Indian journal of veterinary science and animal husbandry - Volume 3,
Year: 1933
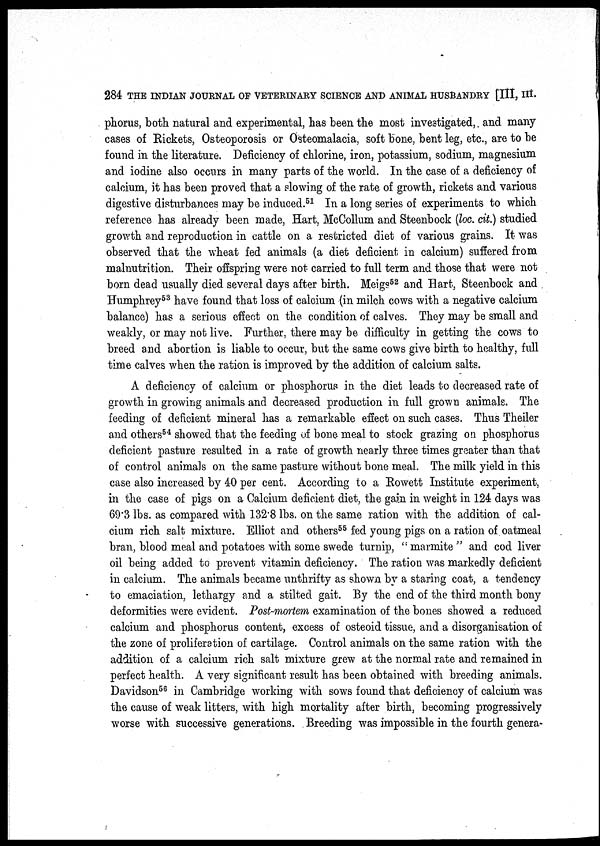
284 THE INDIAN JOURNAL OF VETERINARY SCIENCE AND ANIMAL HUSBANDRY III, III.
phorus, both natural and experimental, has been the most investigated,. and many
cases of Rickets, Osteoporosis or Osteomalacia, soft bone, bent leg, etc., are to be
found in the literature. Deficiency of chlorine, iron, potassium, sodium, magnesium
and iodine also occurs in many parts of the world. In the case of a deficiency of
calcium, it has been proved that a slowing of the rate of growth, rickets and various
digestive disturbances may be induced. 51 In a long series of experiments to which
reference has already been made, Hart, McCollum and Steenbock (loc. cit.) studied
growth and reproduction in cattle on a restricted diet of various grains. It was
observed that the wheat fed animals (a diet deficient in calcium) suffered from
malnutrition. Their offspring were not carried to full term and those that were not
born dead usually died several days after birth. Meigs 52 and Hart, Steenbock and
Humphrey 53 have found that loss of calcium (in milch cows with a negative calcium
balance) has a serious effect on the condition of calves. They may be small and
weakly, or may not live. Further, there may be difficulty in getting the cows to
breed and abortion is liable to occur, but the same cows give birth to healthy, full
time calves when the ration is improved by the addition of calcium salts.
A deficiency of calcium or phosphorus in the diet leads to decreased rate of
growth in growing animals and decreased production in full grown animals. The
feeding of deficient mineral has a remarkable effect on such cases. Thus Theiler
and others 54 showed that the feeding of bone meal to stock grazing on phosphorus
deficient pasture resulted in a rate of growth nearly three times greater than that
of control animals on the same pasture without bone meal. The milk yield in this
case also increased by 40 per cent. According to a Rowett Institute experiment,
in the case of pigs on a Calcium deficient diet, the gain in weight in 124 days was
69.3 lbs. as compared with 132.8 lbs. on the same ration with the addition of cal-
cium rich salt mixture. Elliot and others 55 fed young pigs on a ration of oatmeal
bran, blood meal and potatoes with some swede turnip, " marmite " and cod liver
oil being added to prevent vitamin deficiency. The ration was markedly deficient
in calcium. The animals became unthrifty as shown by a staring coat, a tendency
to emaciation, lethargy and a stilted gait. By the end of the third month bony
deformities were evident. Post-mortem examination of the bones showed a reduced
calcium and phosphorus content, excess of osteoid tissue, and a disorganisation of
the zone of proliferation of cartilage. Control animals on the same ration with the
addition of a calcium rich salt mixture grew at the normal rate and remained in
perfect health. A very significant result has been obtained with breeding animals.
Davidson 56 in Cambridge working with sows found that deficiency of calcium was
the cause of weak litters, with high mortality after birth, becoming progressively
worse with successive generations. Breeding was impossible in the fourth genera-